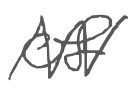
Text: of
Cross-out: zig-zag
Writing tool: digital_gray